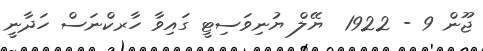
ޖޫން 9 - 1922  ޔޭލް ޔުނިވަސިޓީ ގައިވާ ހާރކްނަސް ހަދާނީ